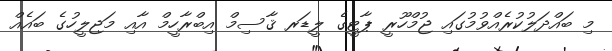
މި ބައްދަލުކުރެއްވުމުގައި ޖުމްހޫރީ ޕާޓީގެ ލީޑަރ ޤާސިމް އިބްރާހީމް އާއި މަޖިލީހުގެ ބައެއް